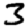
Digit: 3